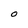
Character: o